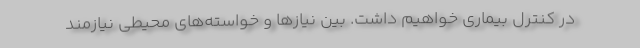
در کنترل بیماری خواهیم داشت. بین نیازها و خواسته‌های محیطی نیازمند